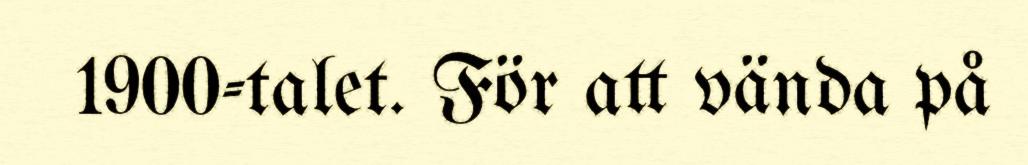
1900-talet. För att vända på